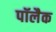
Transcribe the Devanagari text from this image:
पॉलैक